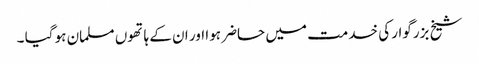
شیخ بزرگوار کی خدمت میں حاضر ہوا اور ان کے ہاتھوں مسلمان ہو گیا ۔